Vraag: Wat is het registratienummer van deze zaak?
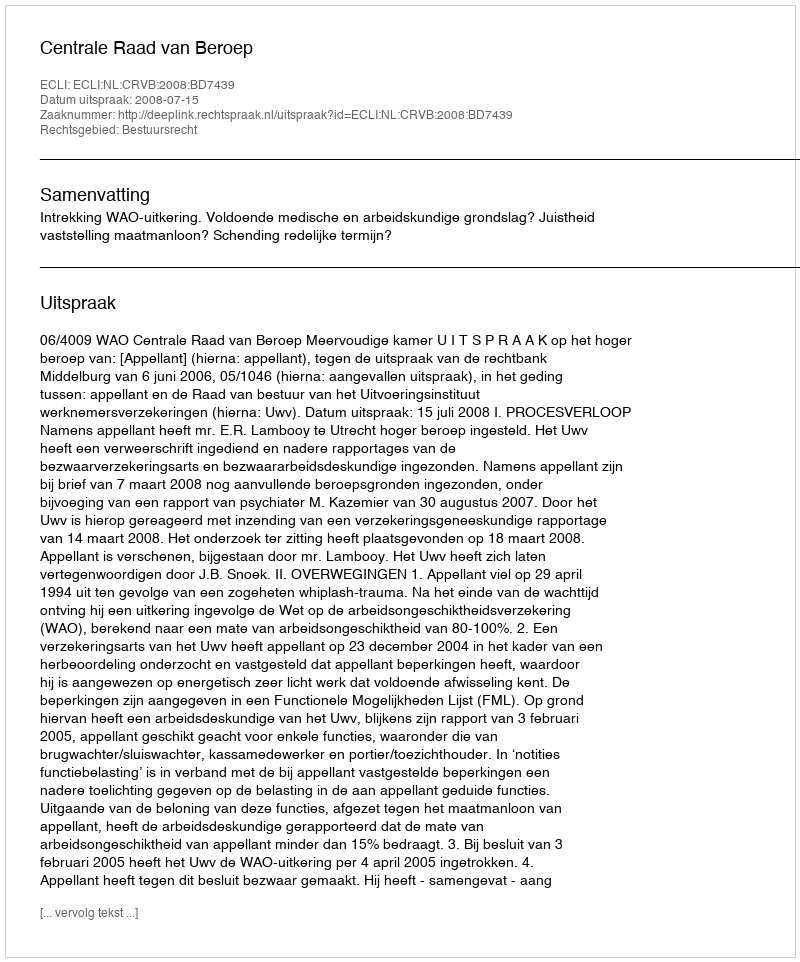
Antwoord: http://deeplink.rechtspraak.nl/uitspraak?id=ECLI:NL:CRVB:2008:BD7439